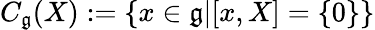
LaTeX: C_{\mathfrak{g}}(X):=\{ x\in{\mathfrak{g}}|[x,X]=\{ 0\} \}